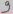
Text: 9